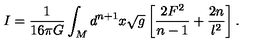
I = \frac { 1 } { 1 6 { \pi } G } \int _ { M } d ^ { n + 1 } x \sqrt { g } \left[ \frac { 2 F ^ { 2 } } { n - 1 } + \frac { 2 n } { l ^ { 2 } } \right] .